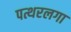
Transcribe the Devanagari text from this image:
पत्थरलगा